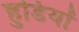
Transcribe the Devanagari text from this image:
हुडियों